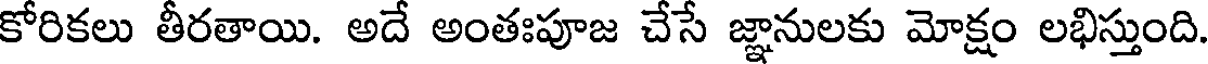
కోరికలు తీరతాయి. అదే అంతఃపూజ చేసే జ్ఞానులకు మోక్షం లభిస్తుంది